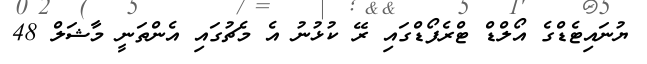
ޔުނައިޓެޑްގެ އޯލްޑް ޓްރެފޯޑްގައި ރޭ ކުޅުނު އެ މެޗުގައި އެންތަނީ މާޝަލް 48